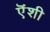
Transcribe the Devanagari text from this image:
ऎंशी